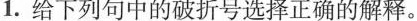
1.给下列句中的破折号选择正确的解释。